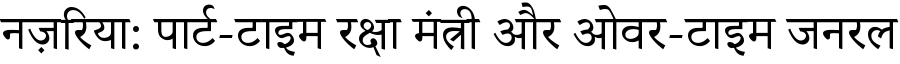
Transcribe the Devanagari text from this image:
नज़रिया: पार्ट-टाइम रक्षा मंत्री और ओवर-टाइम जनरल